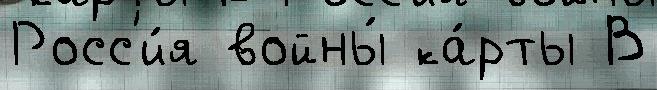
Росс'и́я войны́ ка́рты В